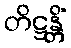
တိဋ္ဌန္တိံ